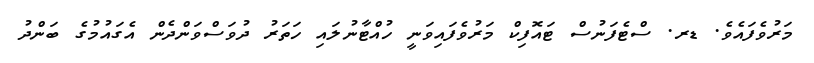
މަރުވެފައެވެ. ޑރ. ސްޓެފަނުސް ޓައޮފިކް މަރުވެފައިވަނީ ހުއްޓާނުލައި ހަތަރު ދުވަސްވަންދެން އެގައުމުގެ ބަންދު